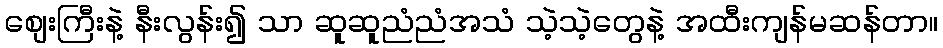
စျေးကြီးနဲ့ နီးလွန်း၍ သာ ဆူဆူညံညံအသံ သဲ့သဲ့တွေနဲ့ အထီးကျန်မဆန်တာ။